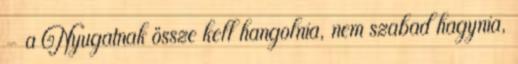
– a Nyugatnak össze kell hangolnia, nem szabad hagynia,